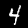
Label: 4